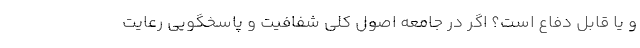
و یا قابل دفاع است؟ اگر در جامعه اصول کلی شفافیت و پاسخگویی رعایت